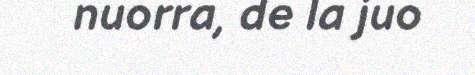
nuorra, de la juo